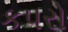
કપરો